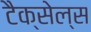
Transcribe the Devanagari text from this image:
टैक्सेल्स